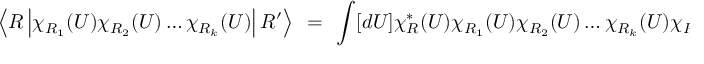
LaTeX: \left< R \left| \chi _ { R _ { 1 } } ( U ) \chi _ { R _ { 2 } } ( U ) \ldots \chi _ { R _ { k } } ( U ) \right| R ^ { \prime } \right> ~ = ~ \int [ d U ] \chi _ { R } ^ { * } ( U ) \chi _ { R _ { 1 } } ( U ) \chi _ { R _ { 2 } } ( U ) \ldots \chi _ { R _ { k } } ( U ) \chi _ { R ^ { \prime } } ( U )